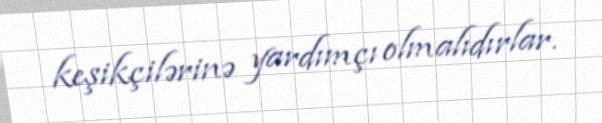
keşikçilərinə yardımçı olmalıdırlar.